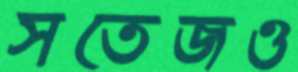
সতেজও